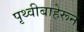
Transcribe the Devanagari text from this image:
पृथ्वीबाहेरून